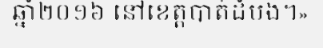
ឆ្នាំ២០១៦ នៅខេត្តបាត់ដំបង។»